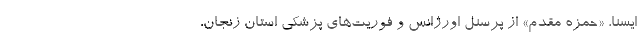
ایسنا، «حمزه مقدم» از پرسنل اورژانس و فوریت‌های پزشکی استان زنجان،